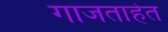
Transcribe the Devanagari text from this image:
गाजताहेत